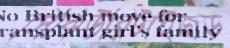
সিকিউরিটাইজড